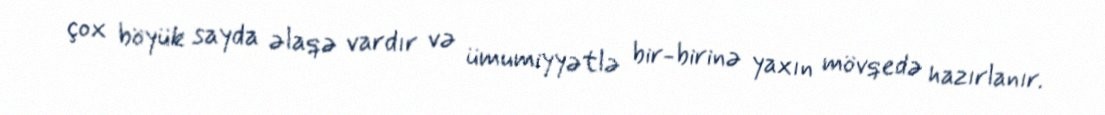
çox böyük sayda əlaqə vardır və ümumiyyətlə bir-birinə yaxın mövqedə hazırlanır.